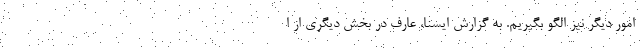
امور دیگر نیز الگو بگیریم. به گزارش ایسنا، عارف در بخش دیگری از ا